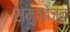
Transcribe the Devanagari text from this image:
समुत्तेजन